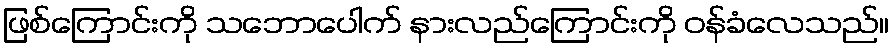
ဖြစ်ကြောင်းကို သဘောပေါက် နားလည်ကြောင်းကို ဝန်ခံလေသည်။